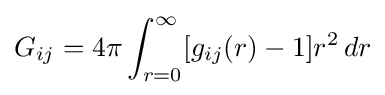
G_{ij}=4\pi \int _{r=0}^{\infty }[g_{ij}(r)-1]r^{2}\,dr